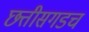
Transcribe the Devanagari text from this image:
छत्तीसगडच